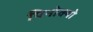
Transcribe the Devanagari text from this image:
पिनोक्यो